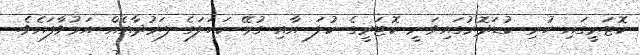
ކޮޓަރީގައި ހުރި ކުޑަދޮރުގައިވަނީ ކޮޓަރީގެ ކުލަ އާއި ގުޅޭ ކަހަލަގެ ފަރުދާއެއް އަޅުވާފައެވެ.